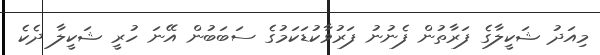
މިއަދު ޝަކީލާގެ ފަރާތުން ފެނުނު ފަރުވާކުޑަކަމުގެ ސަބަބުން އޭނަ ހުރީ ޝަކީލާ ދެކެ